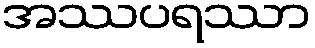
အဿပရဿာ